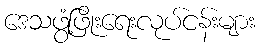
ဒေသဖွံ့ဖြိုးရေးလုပ်ငန်းများ